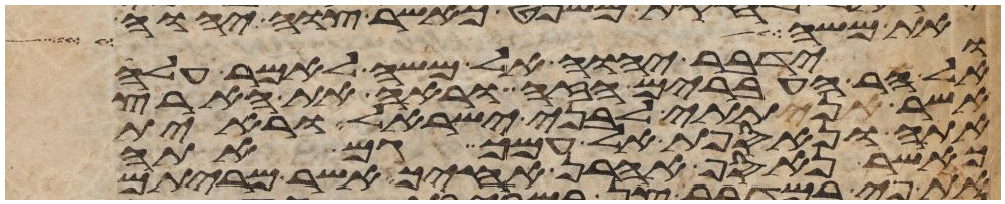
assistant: את משה בין איש
וידבר יהוה אל משה לאמר עלה
אל הר העברים הזה וראה את הארץ
אשר נתתי לבני ישראל וראית
אתה ונאספת אל עמך גם אתה
כאשר נאסף אהרן אחיך אשר מריתם